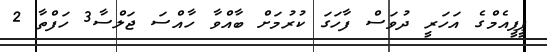
ޕީޕީއެމްގެ އަހަރީ ދުވަސް ފާހަގަ ކުރުމަށް ބާއްވާ ހާއްސަ ޖަލްސާ3 ހަފްތާ 2